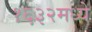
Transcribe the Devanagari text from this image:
१६३२मध्ये